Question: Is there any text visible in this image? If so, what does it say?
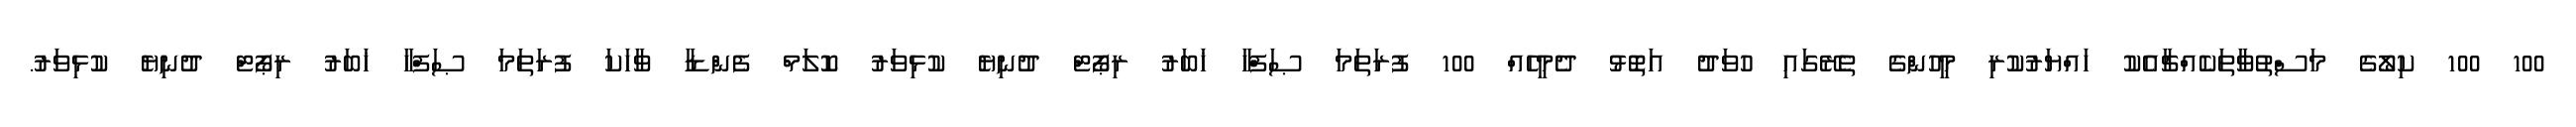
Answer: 100 100 ކިލޯގެ މަސްތުވާތަކެއްޗާއެކު ހައްޔަރުކުރި މީހުންގެ ތެރޭގައި ހުވަދު އަތޮޅު ދެމީހެއް 100 ފުރަތަމަ ޞަފްހާ ޚަބަރު ރިޕޯޓް ދުނިޔެ ކުޅިވަރު ކޮލަމް ފެންޑާ ވާހަކަ ފުރަތަމަ ޞަފްހާ ޚަބަރު ރިޕޯޓް ދުނިޔެ ކުޅިވަރު.